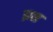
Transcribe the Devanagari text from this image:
प्रष्ठ